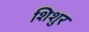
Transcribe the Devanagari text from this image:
शिशुर